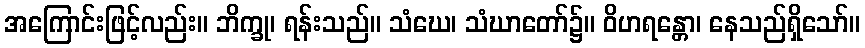
အကြောင်းဖြင့်လည်း။ ဘိက္ခု၊ ရန်းသည်။ သံဃေ၊ သံဃာတော်၌။ ဝိဟရန္တော၊ နေသည်ရှိသော်။